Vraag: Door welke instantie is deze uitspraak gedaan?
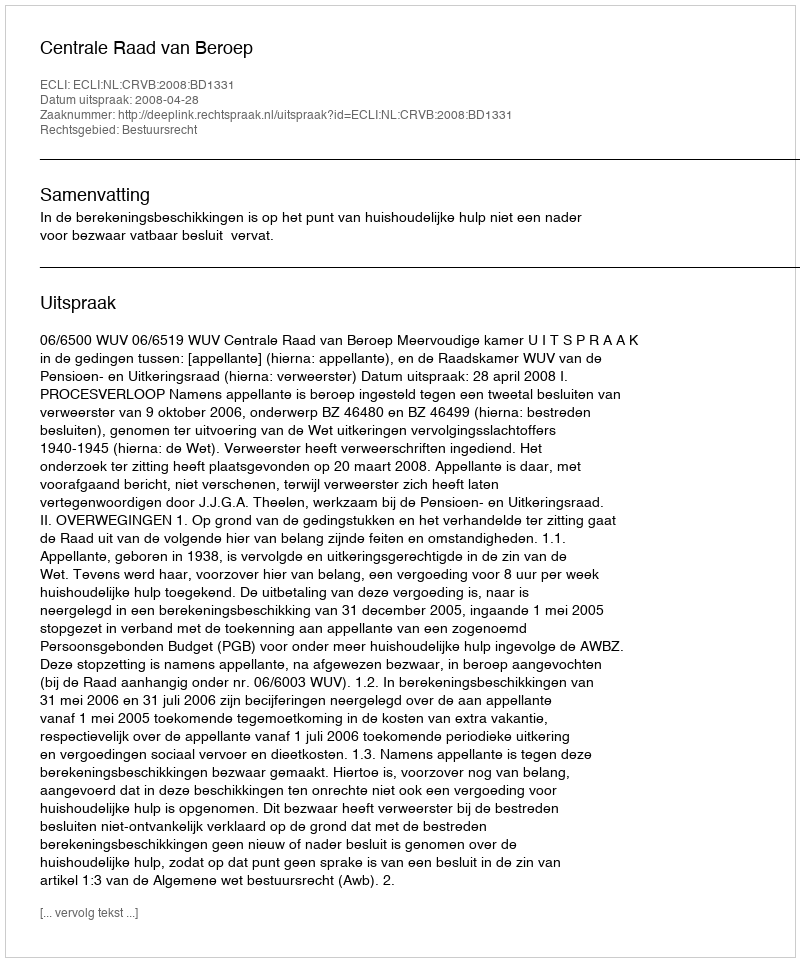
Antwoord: Centrale Raad van Beroep